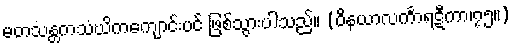
မတသန္တကသံဃိကကျောင်းပင် ဖြစ်သွားပါသည်။ (ဝိနယာလင်္ကာရဋီကာ၊၇၅။)